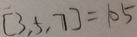
[ 3 , 5 , 7 ] = 1 0 5